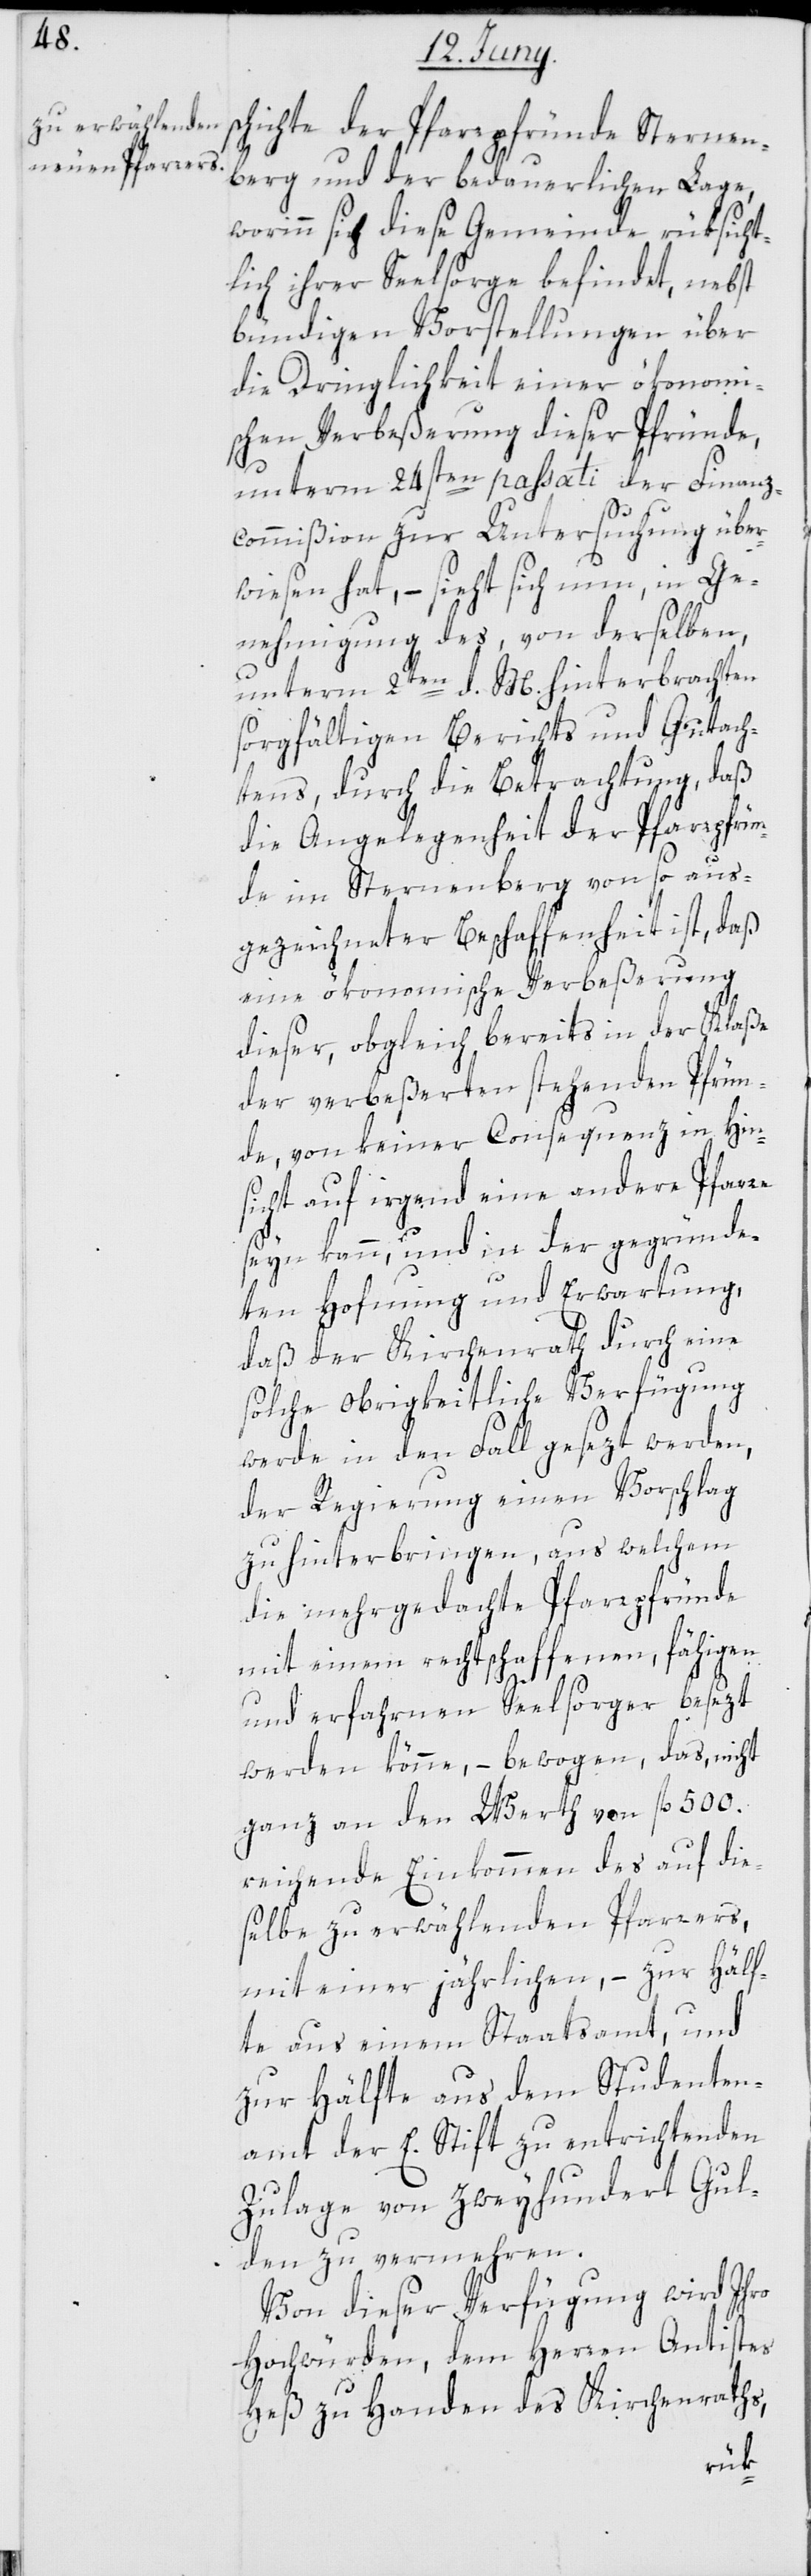
s¬

chichte der Pfarrpfründe Sternen¬
berg und der bedauerlichen Lage,
worinn sich diese Gemeinde rüksicht¬
lich ihrer Seelsorge befindet, nebst
bündigen Vorstellungen über
die Dringlichkeit einer ökonomi¬
schen Verbeßerung dieser Pfründe,
unterm 24sten passati der Finanz¬
commißion zur Untersuchung über¬
wiesen hat, – sieht sich nun, in Ge¬
nehmigung des, von derselben
unterm 2ten d. M. hinterbrachten
sorgfältigen Berichts und Gutach¬
tens, durch die Betrachtung, daß
die Angelegenheit der Pfarrpfrün¬
de im Sternenberg von so aus¬
gezeichneter Beschaffenheit ist, daß
eine ökonomische Verbeßerung
dieser, obgleich bereits in der Klaße
der verbeßerten stehenden Pfrün¬
de, von keiner Consequenz in Hin¬
sicht auf irgend eine andere Pfarre
seyn kann, und in der gegründe¬
ten Hoffnung und Erwartung,
daß der Kirchenrath durch eine
solche Obrigkeitliche Verfügung
werde in den Fall gesetzt werden,
der Regierung einen Vorschlag
zu hinterbringen, aus welchem
die mehrgedachte Pfarrpfründe
mit einem rechtschaffenen, fähigen
und erfahrnen Seelsorger besezt
werden könne, – bewogen, das, nicht
ganz an den Werth von fl. 500.
reichende Einkommen des auf die¬
selbe zu erwählenden Pfarrers,
mit einer jährlichen, – zur Hälf¬
te aus einem Staatsamt, und
zur Hälfte aus dem Studenten¬
amt der E. Stift zu entrichtenden
Zulage von zweyhundert Gul¬
den zu vermehren.
Von dieser Verfügung wird Ihro
Hochwürden, dem Herren Antistes
Heß zu Handen des Kirchenraths,